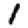
Digit: 1